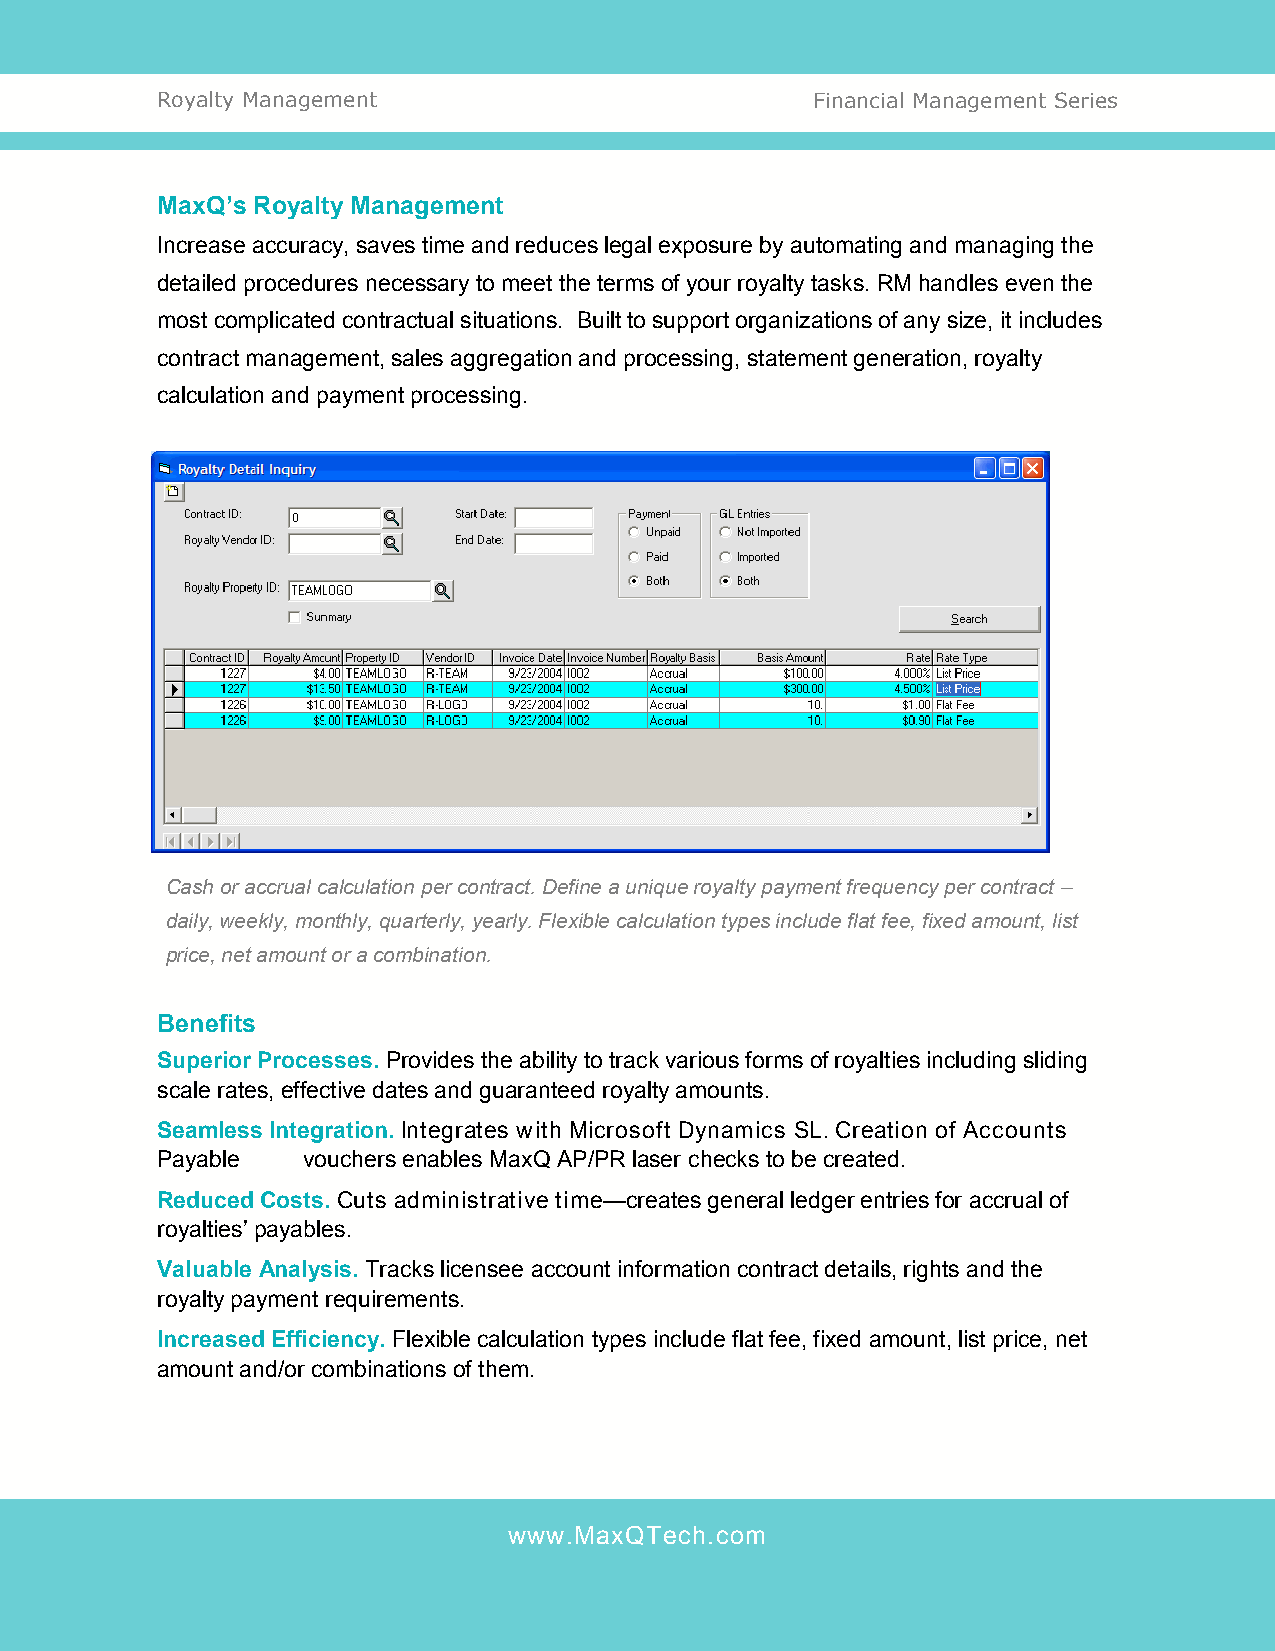
Royalty Management                          Financial Management Series
 MaxQ’s Royalty Management
 Increase accuracy, saves time and reduces legal exposure by automating and managing the
 detailed procedures necessary to meet the terms of your royalty tasks. RM handles even the
 most complicated contractual situations. Built to support organizations of any size, it includes
 contract management, sales aggregation and processing, statement generation, royalty
 calculation and payment processing.
 Cash or accrual calculation per contract. Define a unique royalty payment frequency per contract –
 daily, weekly, monthly, quarterly, yearly. Flexible calculation types include flat fee, fixed amount, list
 price, net amount or a combination.
 Benefits
 Superior Processes. Provides the ability to track various forms of royalties including sliding
 scale rates, effective dates and guaranteed royalty amounts.
 Seamless Integration. Integrates with Microsoft Dynamics SL. Creation of Accounts
 Payable   vouchers enables MaxQ AP/PR laser checks to be created.
 Reduced Costs. Cuts administrative time—creates general ledger entries for accrual of
 royalties’ payables.
 Valuable Analysis. Tracks licensee account information contract details, rights and the
 royalty payment requirements.
 Increased Efficiency. Flexible calculation types include flat fee, fixed amount, list price, net
 amount and/or combinations of them.
 www.MaxQTech.com